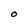
Character: O